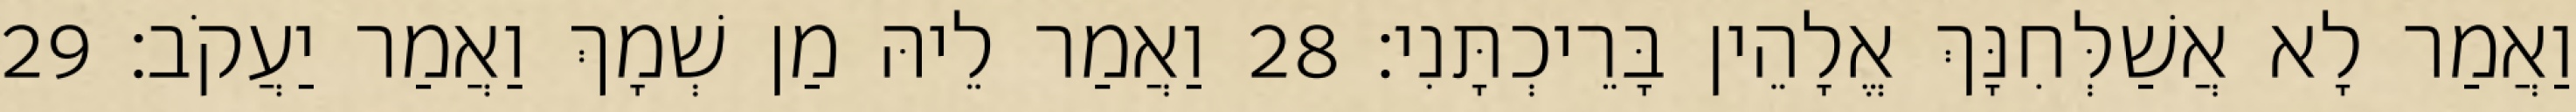
וַאֲמַר לָא אֲשַׁלְּחִנָּךְ אֱלָהֵין בָּרֵיכְתָּנִי׃ 28 וַאֲמַר לֵיהּ מַן שְׁמָךְ וַאֲמַר יַעֲקֹב׃ 29